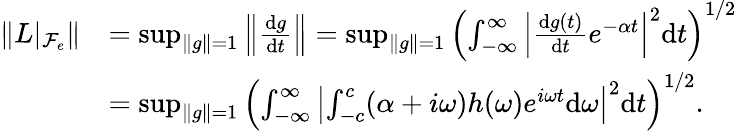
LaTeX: \begin{array}{rl}{\| L|_{\mathcal{F}_{e}}\| }&{=\operatorname*{sup}_{\| g\| =1}\left\| \frac{\mathrm{d}g}{\mathrm{d}t}\right\| =\operatorname*{sup}_{\| g\| =1}\left(\int_{-\infty}^{\infty}\left|\frac{\mathrm{d}g(t)}{\mathrm{d}t}e^{-\alpha t}\right|^{2}\mathrm{d}t\right)^{1/2}}\\ &{=\operatorname*{sup}_{\| g\| =1}\left(\int_{-\infty}^{\infty}\left|\int_{-c}^{c}(\alpha+i\omega)h(\omega)e^{i\omega t}\mathrm{d}\omega\right|^{2}\mathrm{d}t\right)^{1/2}.}\end{array}